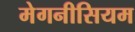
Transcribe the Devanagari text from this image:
मेगनीसियम